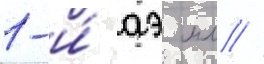
1-и́ аэ мл //